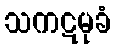
သကဋမုခံ